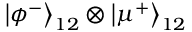
\left| \phi ^ { - } \right\rangle _ { 1 2 } \otimes \left| \mu ^ { + } \right\rangle _ { 1 2 }